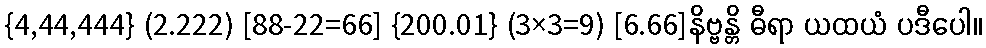
{4,44,444} (2.222) [88-22=66] {200.01} (3×3=9) [6.66]နိဗ္ဗန္တိ ဓီရာ ယထယံ ပဒီပေါ။